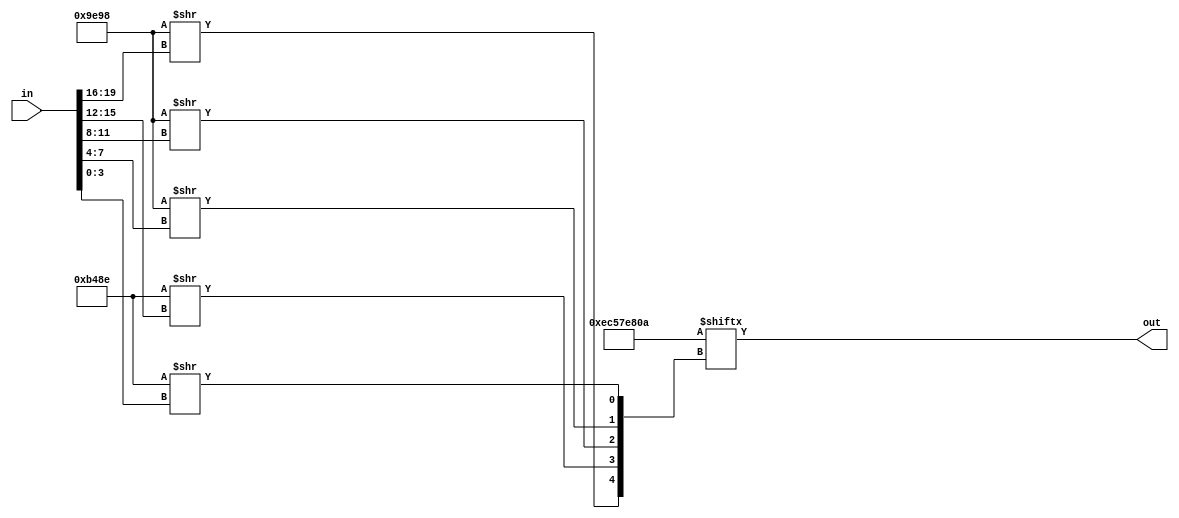
/*  crypto1.v
    ***For educational use only***
    
    This program is free software; you can redistribute it and/or
    modify it under the terms of the GNU General Public License
    as published by the Free Software Foundation; either version 2
    of the License, or (at your option) any later version.

    This program is distributed in the hope that it will be useful,
    but WITHOUT ANY WARRANTY; without even the implied warranty of
    MERCHANTABILITY or FITNESS FOR A PARTICULAR PURPOSE.  See the
    GNU General Public License for more details.

    You should have received a copy of the GNU General Public License
    along with this program; if not, write to the Free Software
    Foundation, Inc., 51 Franklin Street, Fifth Floor, Boston,
    MA  02110-1301, US

    Copyright (C) 2018-2020 sfyip <yipxxx@gmail.com>
*/

module m1filter( 
    input [19:0] in,
    output wire out
);

wire [15:0] fan = 16'h9e98;
wire [15:0] fbn = 16'hb48e;
wire [31:0] fcn = 32'hec57e80a;

wire bit4 = fan >> in[19:16];
wire bit3 = fbn >> in[15:12];
wire bit2 = fan >> in[11:8];
wire bit1 = fan >> in[7:4];
wire bit0 = fbn >> in[3:0];

wire [4:0] sel = {bit4, bit3, bit2, bit1, bit0};

assign out = fcn[sel];

endmodule

//-------------------------------------------------------

module m1crypto(
    input sysclk,
    input resetn,
    
    input [47:0] key,
    input load_key,
    
    input ser_in,
    input start,
    input fb,
    
    output reg  trx_ks,
    output wire trx_fout
);

wire ks;
reg [47:0] lfsr;

wire  linear_feedback = lfsr[0] ^ lfsr[5] ^ lfsr[9] ^ lfsr[10] ^ lfsr[12] ^
                        lfsr[14] ^ lfsr[15] ^ lfsr[17] ^ lfsr[19] ^ lfsr[24] ^
                        lfsr[25] ^ lfsr[27] ^ lfsr[29] ^ lfsr[35] ^ lfsr[39] ^
                        lfsr[41] ^ lfsr[42] ^ lfsr[43];

always@(posedge sysclk or negedge resetn)
    if(~resetn) begin
        lfsr <= 0;
        trx_ks <= 1'b0;
    end else begin
        if (start) begin
            lfsr <= { linear_feedback ^ ser_in ^ (fb & ks), lfsr[47:1]};                // fb is used only at nested auth
            trx_ks <= ks;
        end
        
        if(load_key) begin
            lfsr <= {key[7:0], key[15:8], key[23:16], key[31:24],key[39:32], key[47:40]};
        end 
    end

wire [19:0] filter_in = { lfsr[47], lfsr[45], lfsr[43], lfsr[41],
                          lfsr[39], lfsr[37], lfsr[35], lfsr[33],
                          lfsr[31], lfsr[29], lfsr[27], lfsr[25],
                          lfsr[23], lfsr[21], lfsr[19], lfsr[17],
                          lfsr[15], lfsr[13], lfsr[11], lfsr[9]
                        };

m1filter filter0 (
        .in(filter_in),
        .out(ks)
);

assign trx_fout = ks;

endmodule